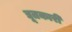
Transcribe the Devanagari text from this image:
द्यूतकारी